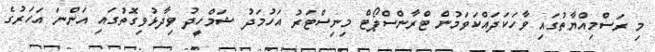
މި ރަސްމިއްޔާތުގައި ވާހަކަދައްކަވަމުން ޓްރާންސްޕޯޓް މިނިސްޓަރު އަހުމަދު ޝަމްހީދު ވިދާޅުވިގޮތުގައި އަންނަ އަހަރުގެ